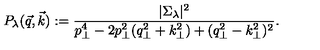
P _ { \lambda } ( \vec { q } , \vec { k } ) : = { \frac { | \Sigma _ { \lambda } | ^ { 2 } } { p _ { \perp } ^ { 4 } - 2 p _ { \perp } ^ { 2 } ( q _ { \perp } ^ { 2 } + k _ { \perp } ^ { 2 } ) + ( q _ { \perp } ^ { 2 } - k _ { \perp } ^ { 2 } ) ^ { 2 } } } .